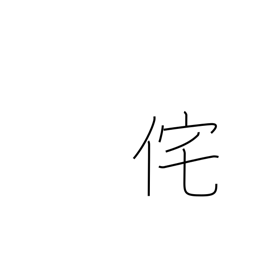
Meaning: lonely